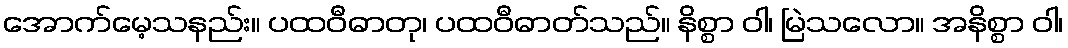
အောက်မေ့သနည်း။ ပထဝီဓာတု၊ ပထဝီဓာတ်သည်။ နိစ္စာ ဝါ၊ မြဲသလော။ အနိစ္စာ ဝါ၊